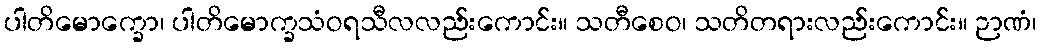
ပါတိမောက္ခော၊ ပါတိမောက္ခသံဝရသီလလည်းကောင်း။ သတီစေဝ၊ သတိတရားလည်းကောင်း။ ဉာဏံ၊